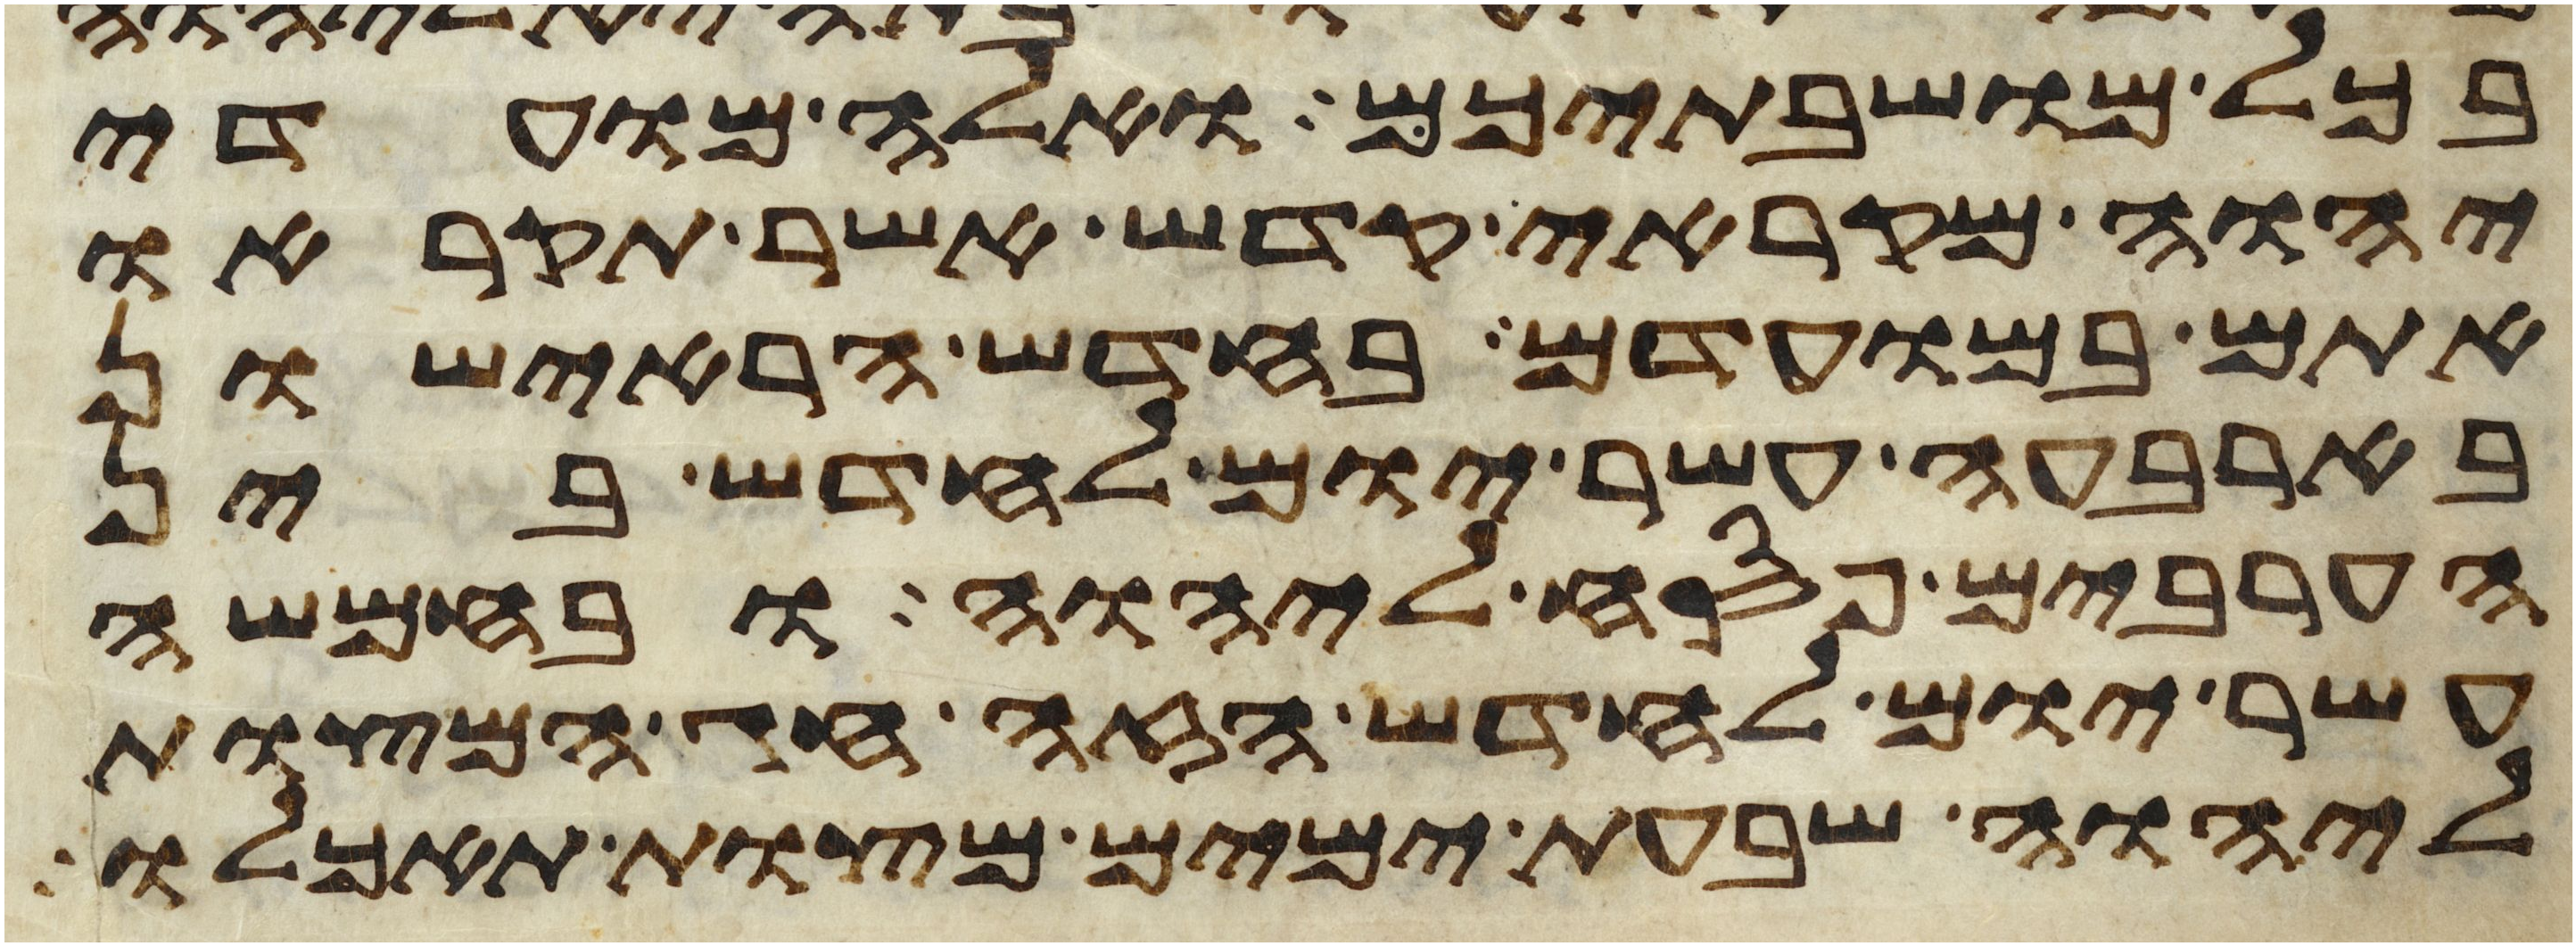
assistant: בכל מושבתיכם ואלה מועדי
יהוה מקראי קדש אשר תקראו
אתם במועדם בחדש הראישון
בארבעה עשר יום לחדש בין
הערבים פסח ליהוה ובחמשה
עשר יום לחדש הזה חג המצות
ליהוה שבעת ימים מצות תאכלו